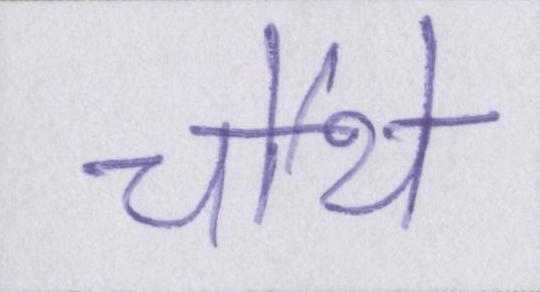
चौथे